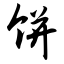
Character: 饼